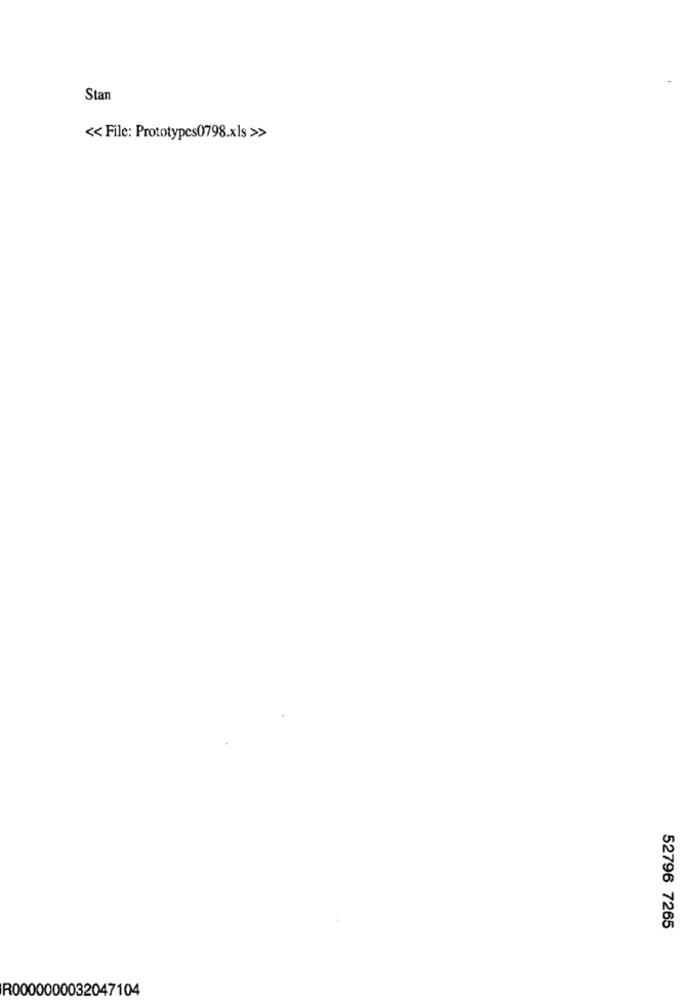
Stan
<< File: Prototypes0798.xls >>
52796 7265
R0000000032047104